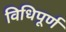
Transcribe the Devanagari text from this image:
विधिपूर्ण